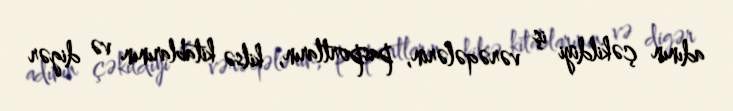
adının çəkildiyi iş vərəqələrin, pasportların, kilsə kitablarının və digər